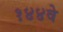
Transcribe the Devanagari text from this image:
१४४वे